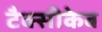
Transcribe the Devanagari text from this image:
टैक्सीकेब